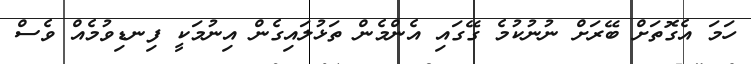
ހަމަ އެގޮތަށް ބޭރަށް ނުނުކުމެ ގޭގައި އެންމެެން ތަޅުލައިގެން އިނުމަކީ ފިނޑިވުމެއް ވެސް